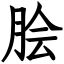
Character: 脍